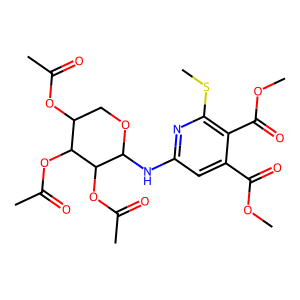
SMILES: COC(=O)c1cc(NC2OCC(OC(C)=O)C(OC(C)=O)C2OC(C)=O)nc(SC)c1C(=O)OC
Inhibits HIV replication: No